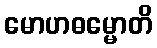
မောဟဓမ္မောတိ